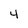
Character: 4